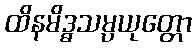
ထိနမိဒ္ဓသမ္ပယုတ္တော